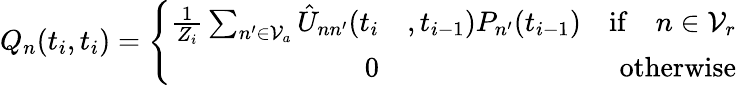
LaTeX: Q_{n}(t_{i},t_{i})=\left\{ \begin{array}{rlr}{\frac{1}{Z_{i}}\sum_{n^{\prime}\in\mathcal{V}_{a}}\hat{U}_{nn^{\prime}}(t_{i}}&{,t_{i-1})P_{n^{\prime}}(t_{i-1})}&{\mathrm{if}\quad n\in\mathcal{V}_{r}}\\ {0}&{}&{\mathrm{otherwise}}\end{array}\right.